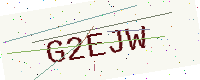
Text: G2EJW